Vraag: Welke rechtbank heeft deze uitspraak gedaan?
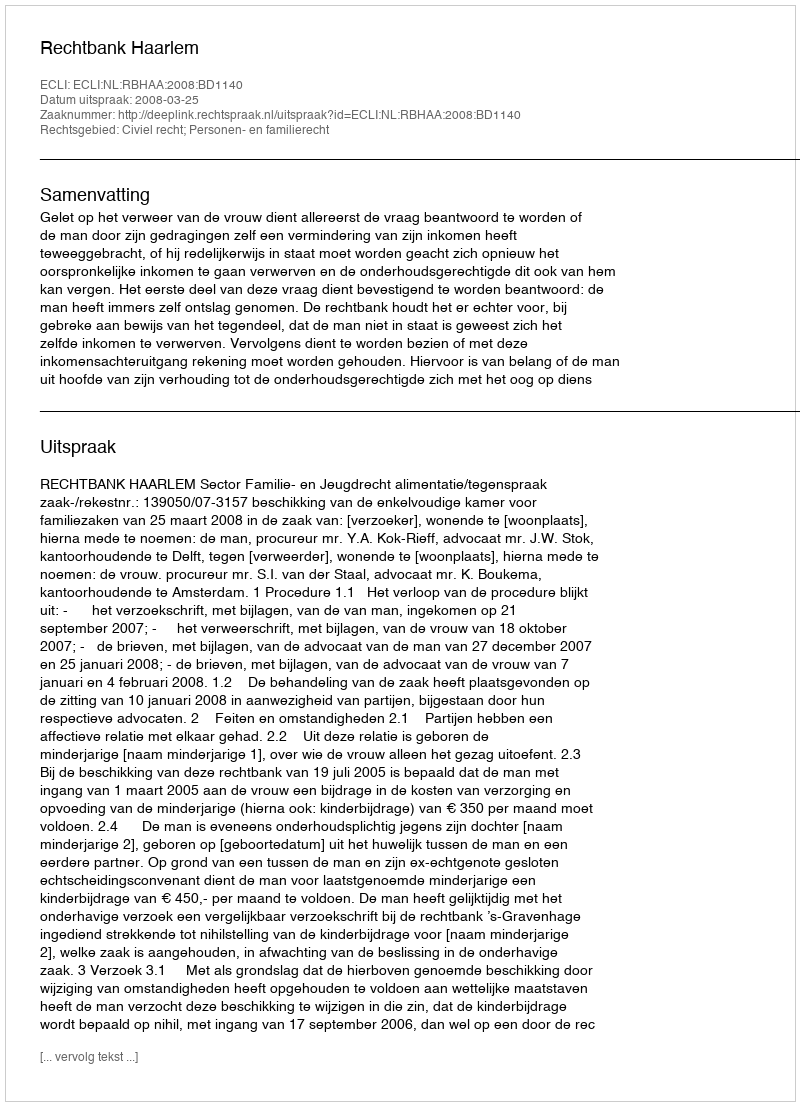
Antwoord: Rechtbank Haarlem